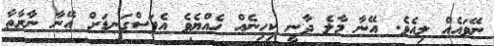
ނޭވައެއް ލިއެވެ. އޭނާ މާލެ ދާނީ ކިހިނެއް ހެއްޔެވެ އެފަސްގަނޑަށް އޭނާ ނާރާތާ